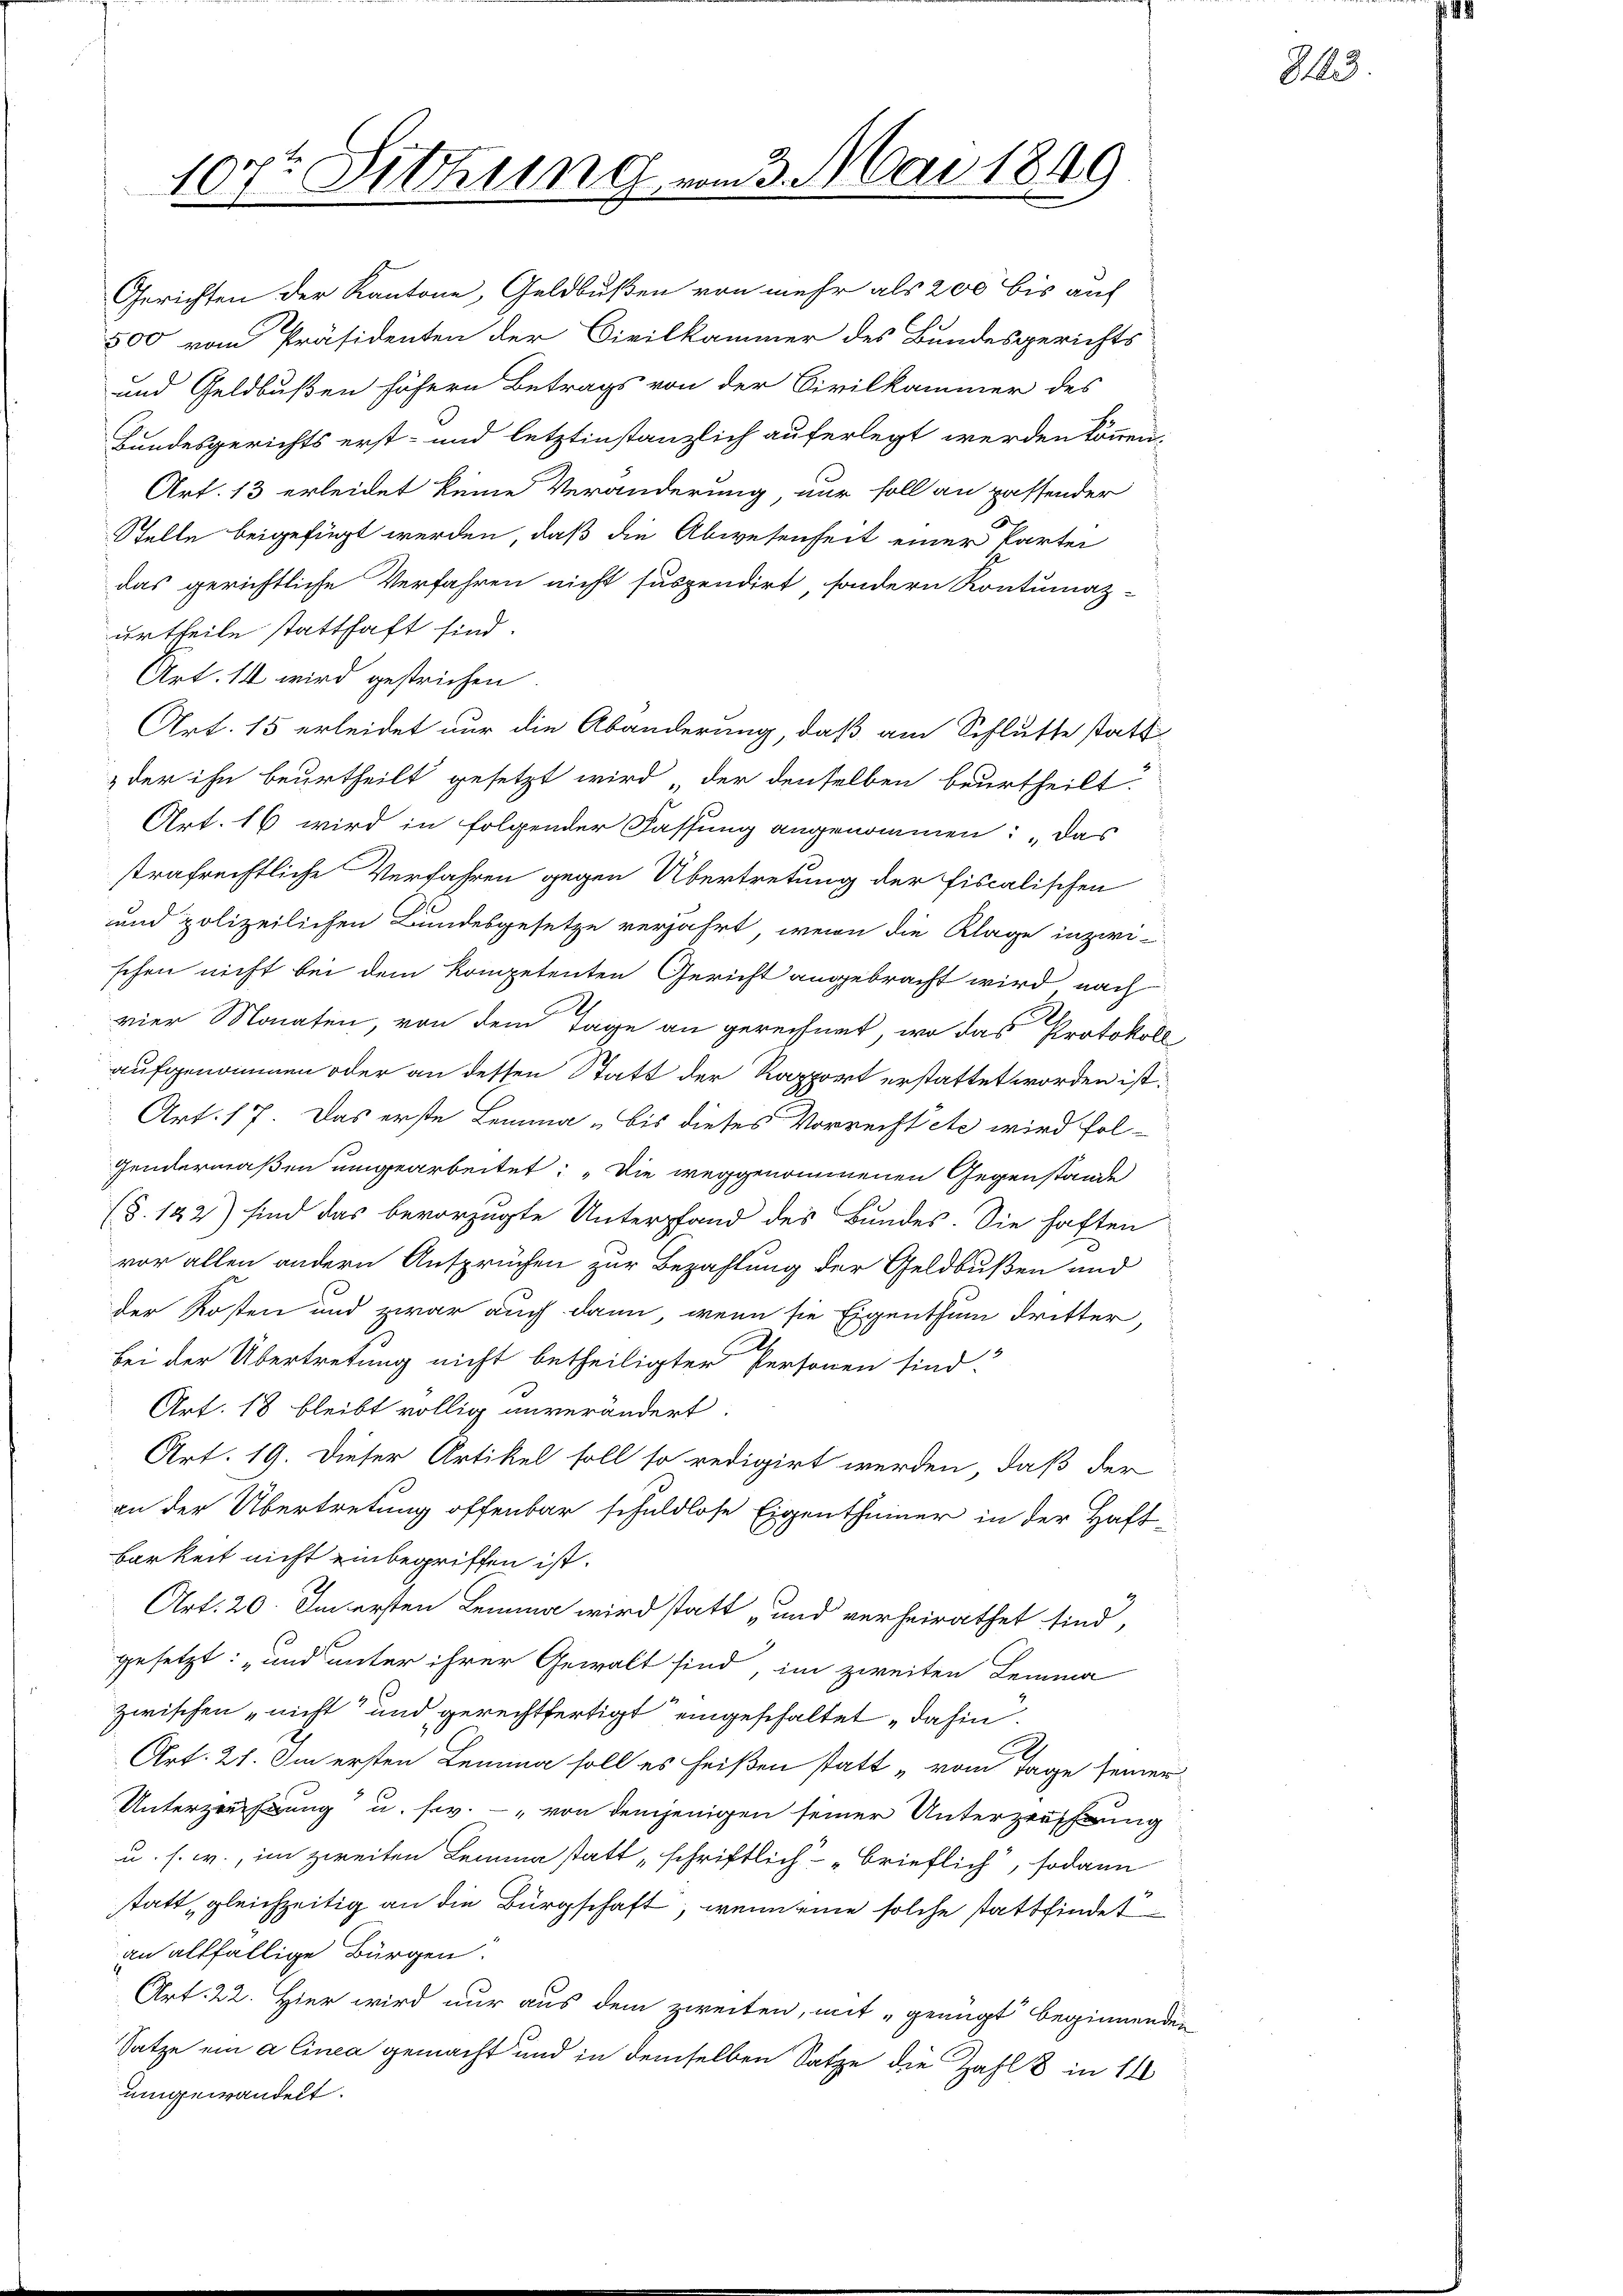
107t Sitzung vom 3. Mai 1849

gesetzt: „und unter ihrer Gewalt sind, im zweiten Lemma
zwischen nicht und gerechtfertigt eingeschaltet dahin.
Art. 21. Im ersten Lemma soll es heißen statt „vom Tage seiner
Unterzeichnung u. s. von demjenigen seiner Unterzeugung
u. s. w., im zweiten Lemma statt „schriftlich brieflich, sodann
statt gleichzeitig an die Bürgschaft, wenn eine solche stattfindet
an allfällige Bürgen.
Art. 22. Hier wird nur aus dem zweiten, mit „genügt beginnenden
Satze ein alinea gemacht und in demselben Satze die Zahl 8 in 14
umgewandelt.

Gerichten der Kantone, Geldbußen von mehr als 200 bis auf
500 vom Präsidenten der Civilkammer des Bundesgerichts
und Geldbußen höhern Betrags von der Civilkammer des
Bundesgerichts erst- und letztinstanzlich auferlegt werden können;
Art. 13 erleidet keine Veränderung, nur soll an passender
Stelle beigefügt werden, daß die Abwesenheit einer Partei
das gerichtliche Verfahren nicht suspendirt, sondern Kontumaz-
urtheile statthaft sind.
Art. 14 wird gestrichen.
Art. 15 erleidet nur die Abänderung, daß am Schlusse statt-
der ihn beurtheilt gesetzt wird der denselben beurtheilt.
Art. 16 wird in folgender Fassung angenommen: „Das
strafrechtliche Verfahren gegen Übertretung der fiscalischen
und polizeilichen Bundesgesetze verjahrt, wenn die Klage inzwischen nicht bei dem kompetenten Gericht angebracht wird nach
2
vier Monaten, von dem Tage an gerechnet, wo das Protokoll,
aufgenommen oder an dessen Statt der Rapport erstattet worden ist.
Art. 17. Das erste Lemma „Bis dieses Vorrechtete wird fol-
Gendermaßen umgearbeitet: „Die weggenommenen Gegenstände
(§. 122) sind das bevorzugte Unterpfand des Bundes. Sie haften
vor allen andern Ansprüchen zur Bezahlung der Geldbußen und
der Kosten und zwar auch dann, wenn sie Eigenthum dritter,
.
bei der Übertretung nicht betheiligter Personen sind.
Art. 18 bleibt völlig unverändert.
Art. 19. Dieser Artikel soll so redigirt werden, daß der
an der Übertretung offenbar schuldlose Eigenthümer in der Haft-
barkeit nicht einbegriffen ist.
Art. 20. Im ersten Lemma wird statt „und verheirathet sind,

83